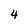
Character: 4